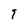
Character: 9